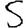
Digit: 5